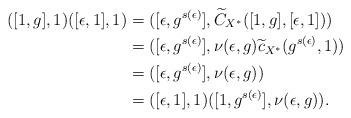
LaTeX: \begin{align*}\begin{aligned}([1, g],1) ([\epsilon, 1], 1)&=([\epsilon, g^{s(\epsilon)}], \widetilde{C}_{X^{\ast}}([1, g], [\epsilon, 1]))\\&=([\epsilon, g^{s(\epsilon)}], \nu( \epsilon,g)\widetilde{c}_{X^{\ast}}(g^{s(\epsilon)}, 1))\\&=([\epsilon, g^{s(\epsilon)}], \nu( \epsilon,g))\\&=([\epsilon, 1], 1)([1, g^{s(\epsilon)}],\nu( \epsilon,g)).\end{aligned}\end{align*}